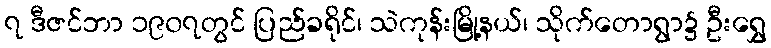
၇ ဒီဇင်ဘာ ၁၉၀၇တွင် ပြည်ခရိုင်၊ သဲကုန်းမြို့နယ်၊ သိုက်တောရွာ၌ ဦးရွှေ